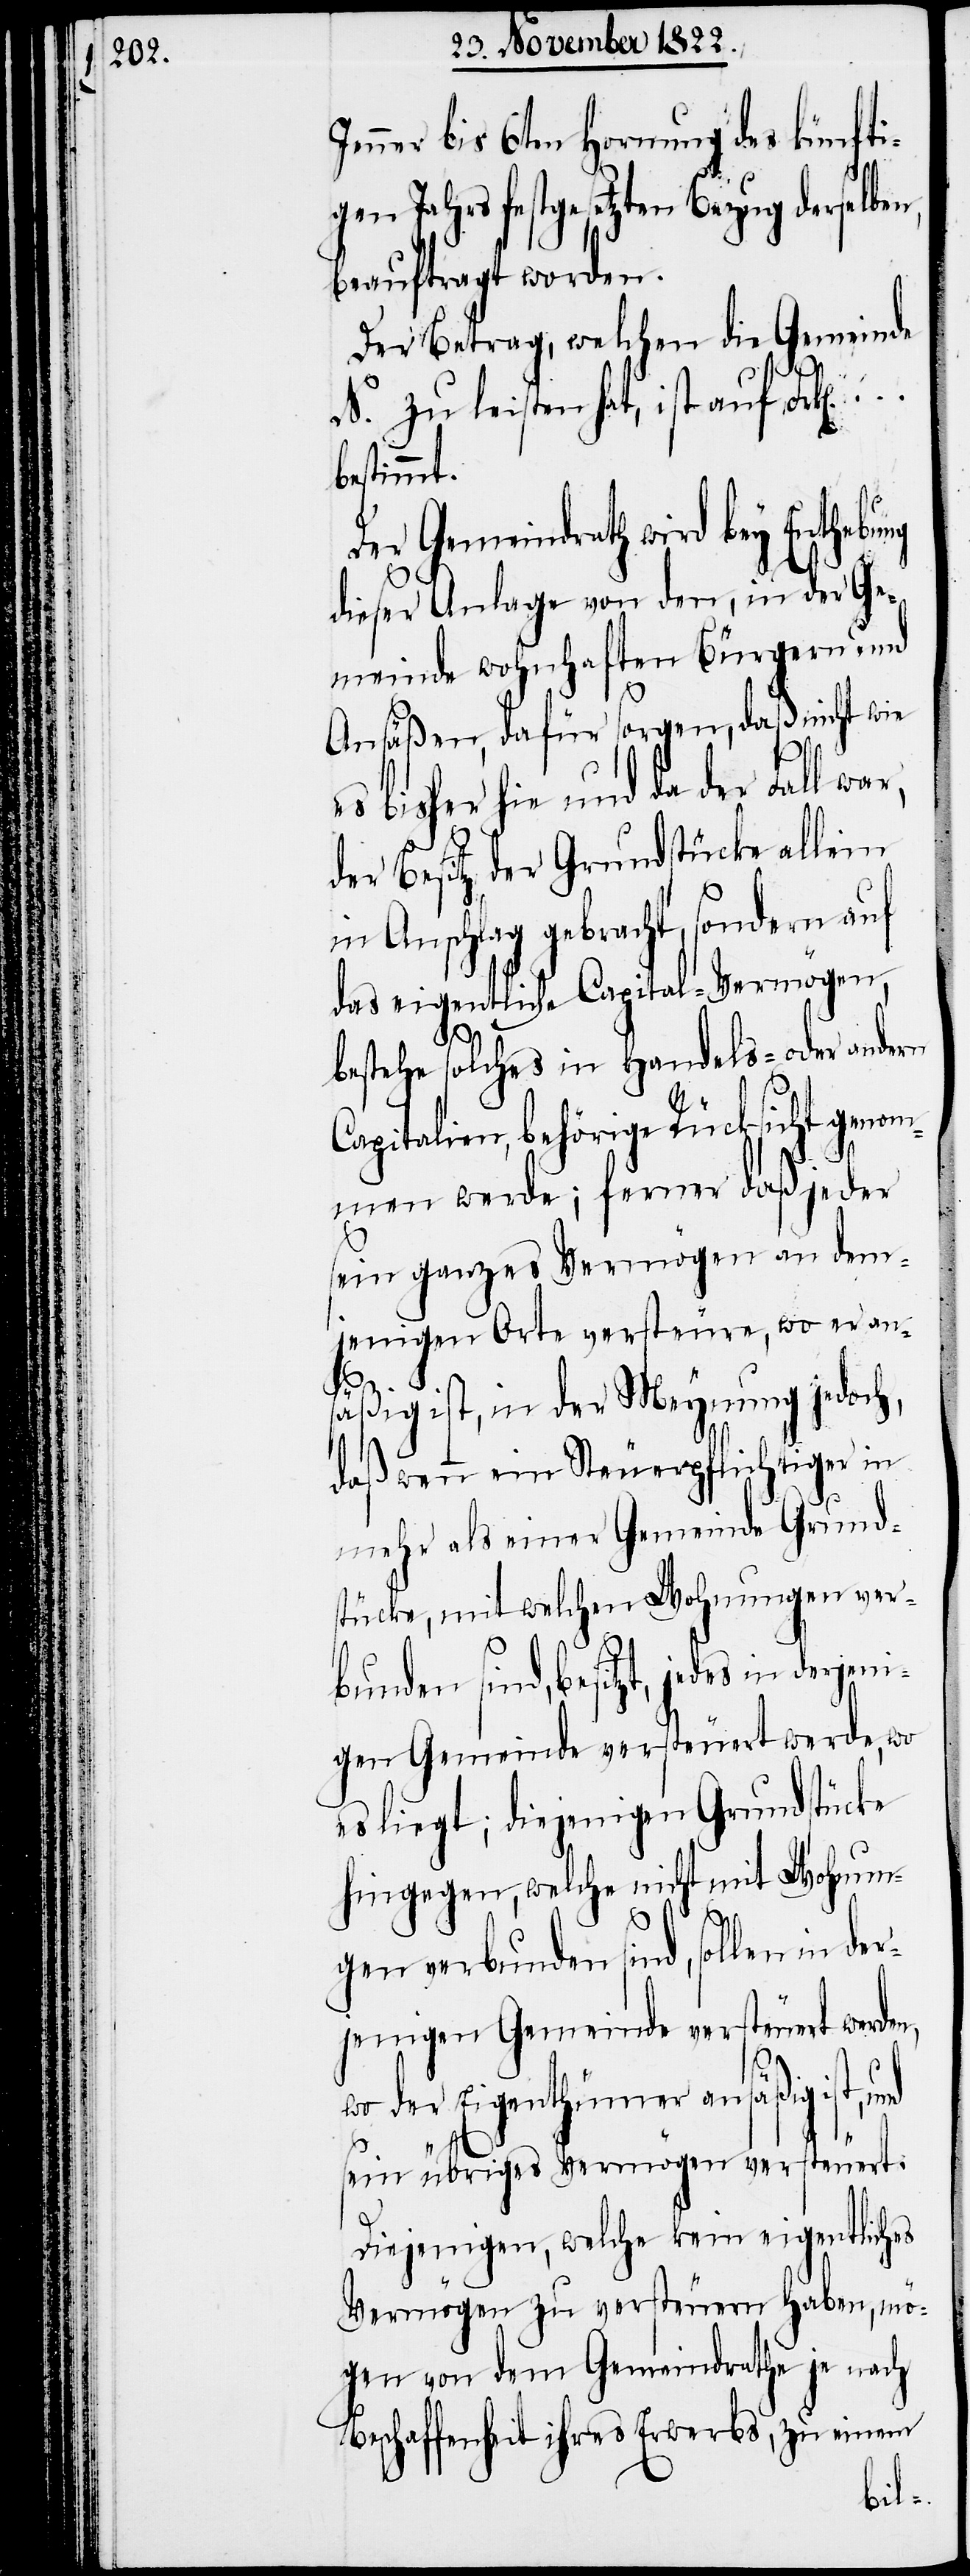
Jenner bis 6ten Hornung des künfti¬
n Jahrs festgesetzten Bezug dersel¬
beauftragt worden.
Der Betrag, welchen die Gemeinde
N. zu leisten hat, ist auf Frk[en].
bestimmt.
Der Gemeindrath wird bey Enthebung
dieser Anlage von den, in der Ge¬
meinde wohnhaften Bürgern und
Ansäßen, dafür sorgen, daß nicht wie
es bisher hie und da der Fall w¬
der Besitz der Grundstücke allein
in Anschlag gebracht, sondern auf
das eigentliche Capital-Vermögen,
bestehe solches in Handels- oder andern
Capitalien, behörige Rücksicht genom¬
men werde; ferner daß jeder
sein ganzes Vermögen an dem¬
jenigen Orte versteure, wo er an¬
ar,
säßig ist, in der Meynung jedoch,
daß wenn ein Steuerpflichtiger in
mehr als einer Gemeinde Grund¬
stücke, mit welchen Wohnungen ver¬
bunden sind, besitzt, jedes in derjeni¬
gen Gemeinde versteuert werde, wo
es liegt; diejenigen Grundstücke
hingegen, welche nicht mit Wohnun¬
gen verbunden sind, sollen in der¬
jenigen Gemeinde versteuert werden,
wo der Eigenthümer ansäßig ist,
sein übriges Vermögen versteuert.
Diejenigen, welche kein eigentliches
Vermögen zu versteuern haben, mö¬
gen von dem Gemeindrathe je nach
Beschaffenheit ihres Erwerbs, zu einem